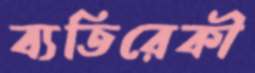
ব্যতিরেকী